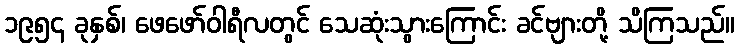
၁၉၅၄ ခုနှစ်၊ ဖေဖော်ဝါရီလတွင် သေဆုံးသွားကြောင်း ခင်ဗျားတို့ သိကြသည်။